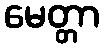
မေတ္တာ